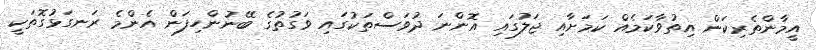
އީމާންތެރިކަން އިތުވާކަމެއް ކަމަށާއި ޖަލުގައި އޮންނަ ދުވަސްތަކުގައި ވަގުތުގެ ބޭނުންހިފަން އެންމެ ރަނގަޅުގޮތަކީ